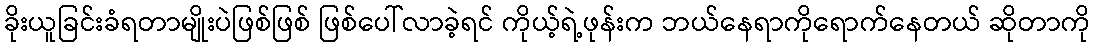
ခိုးယူခြင်းခံရတာမျိုးပဲဖြစ်ဖြစ် ဖြစ်ပေါ်လာခဲ့ရင် ကိုယ့်ရဲ့ဖုန်းက ဘယ်နေရာကိုရောက်နေတယ် ဆိုတာကို